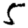
Digit: 5